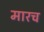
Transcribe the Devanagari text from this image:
मारच